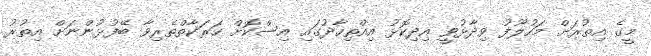
މީގެ އިތުރަށް މަހުލޫފު ވިދާޅުވީ އިދިކޮޅު އިއްތިހާދުގައި އިސްކޮށް ހަރަކާތްތެރިވާ ބޭފުޅުންނަށް އިތުރު